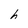
Character: h